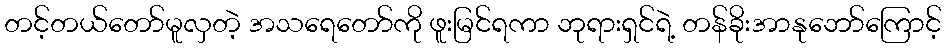
တင့်တယ်တော်မူလှတဲ့ အသရေတော်ကို ဖူးမြင်ရကာ ဘုရားရှင်ရဲ့ တန်ခိုးအာနုဘော်ကြောင့်